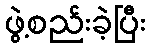
ဖွဲ့စည်းခဲ့ပြီး